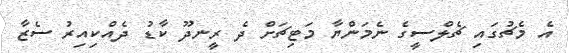
އެ މެޗުގައި ޗެލްސީގެ ނެމަންޔާ މަޓިޗަށް ދެ ރީނދޫ ކާޑު ދެއްކިއިރު ސެޒާ